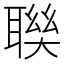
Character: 聫